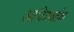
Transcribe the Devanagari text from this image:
आदिप्रवर्तक